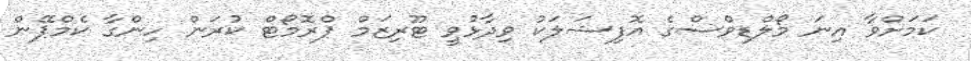
ކަމަށްވާ އިނަ މޯލްޑިވްސްގެ އޮފިޝަލަކު ވިދާޅުވީ ޓޫރިޒަމް ޕްރޮމޯޓް ކުރަން ހިންގާ ކެމްޕޭން